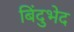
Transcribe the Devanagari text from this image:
बिंदुभेद